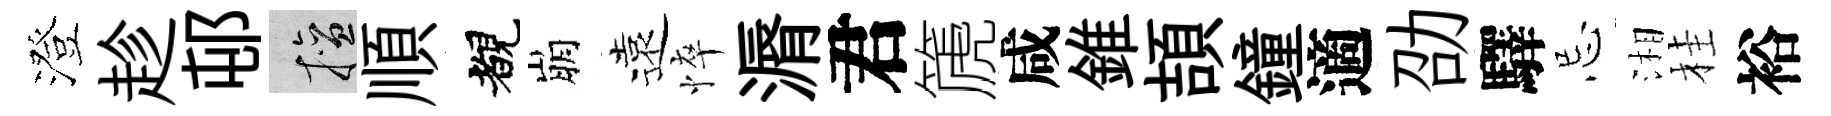
澄趁邨擅順覩崩遠悴漘君篪咸錐頡鐘適劭驛忌湘桂裕